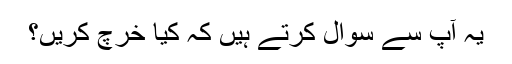
يہ آپ سے سوال کرتے ہيں کہ کيا خرچ کريں؟